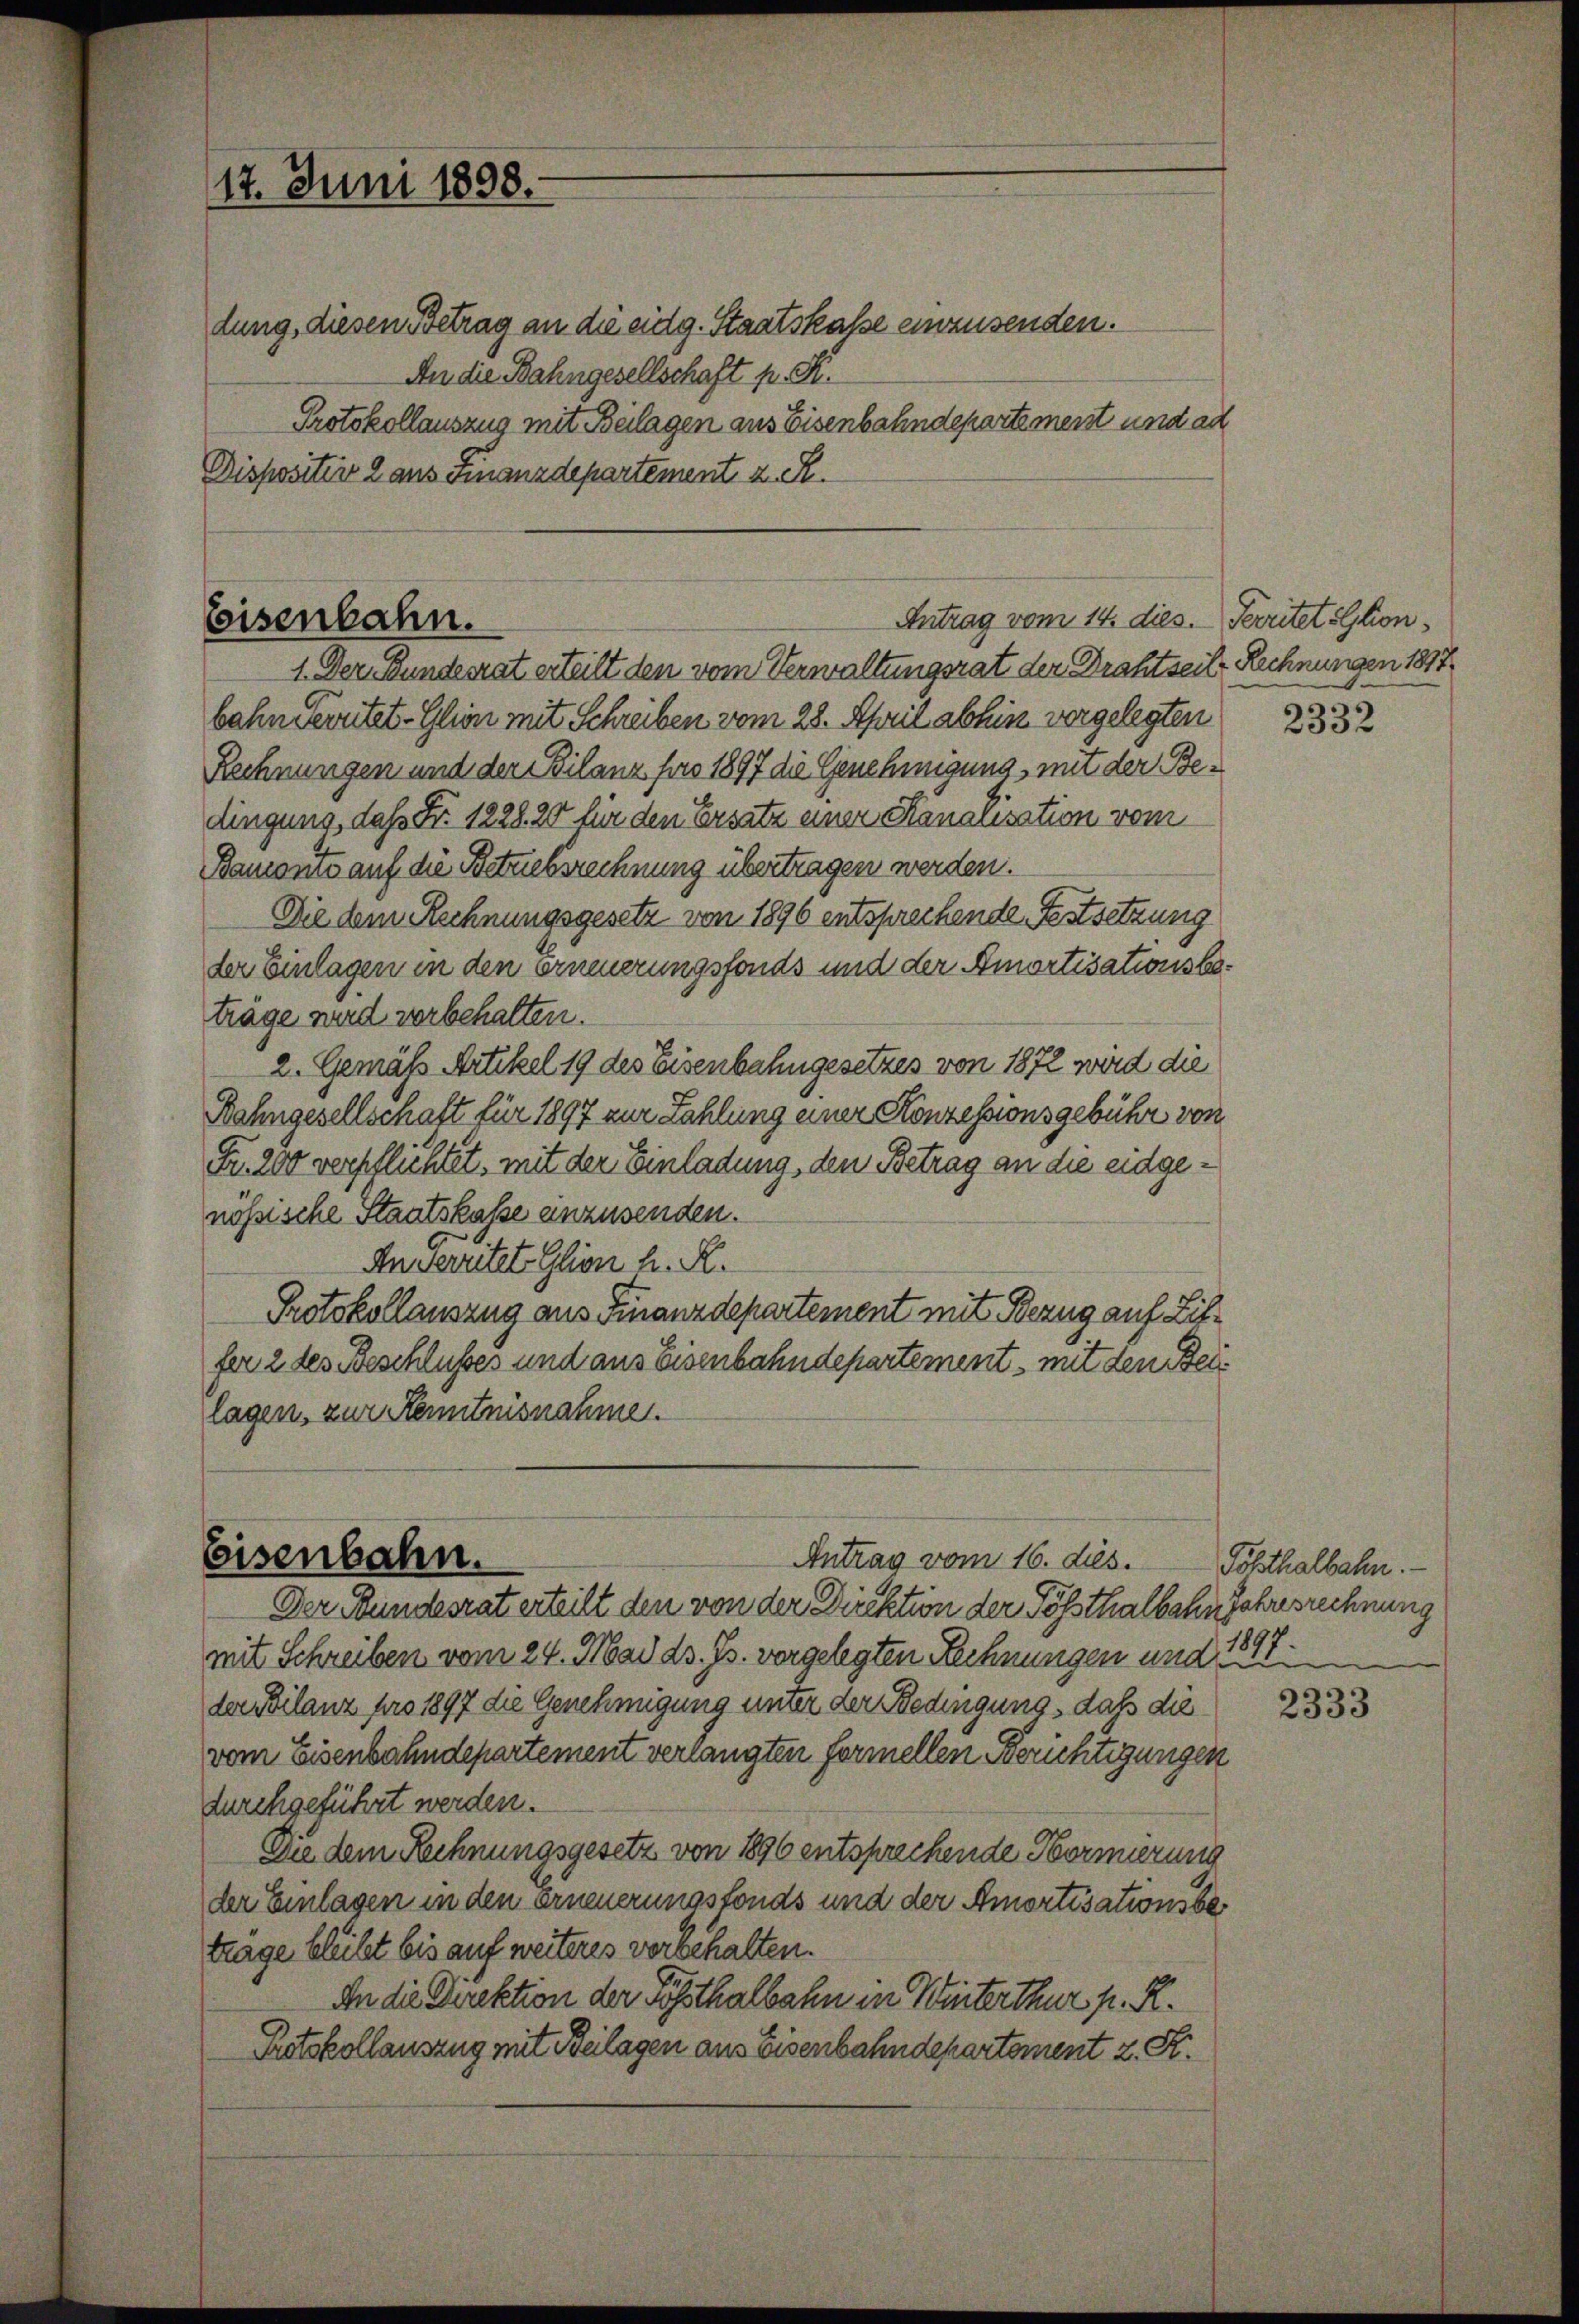
17. Juni 1898.

Eisenbahn.

Antrag vom 14. dies. Perritet sation,
1. Der Bundesrat erteilt den vom Verwaltungsrat der Drahtseit Rechnungen 1817
bahn Verutet-Glion mit Schreiben vom 28. April abhin vorgelegten
Rechnungen und der Bilanz für 1897 die Genehmigung, mit der Bedingung, daß Fr. 1228 20 für den Ersatz einer Kanalisation vom
Banconio auf die Betzessrechnung übertragen werden.
Die dem Rechnungsgesetz von 1896 entsprechende Festsetzung
der Einlagen in den erneuerungsfonds und der Amortisationsbeträge wird vorbehalten.
2. Gemäss Artikel 19 des Eisenbahngesetzes von 1872 wird die
Bahngesellschaft für 1897 zur Zahlung einer Konzessionsgebühr von
Fr. 200 verpflichtet, mit der Einladung, den Betrag an die eidgenössische Staatskasse einzusenden.
An verritete Glion h. R.
Protokollauszug aus Finanzdepartement mit Bezug auf Liffer 2 des Beschlusses und aus Eisenbahndepartement, mit den Beilagen, zur Kenntnisnahme.

Eisenbahn.
Der Bundesrat erteilt den von der Direktion der Pößsthalbahn Jahresrechnung

dung, diesen Betrag an die eidg. Staatskasse einzusenden.
An die Bahngesellschaft p. R.
Protokollauszug mit Beilagen aus Eisenbahndepartement und ad
Dispositiv 2 aus Finanzdepartement z. R.

Antrag vom 16. ds.

mit Schreiben vom 24. Mai d. Js. vorgelegten Rechnungen und
der Bilanz pro 1897 die Genehmigung unter der Bedingung, daß die
vom Eisenbahndepartement verlangten fermellen Berichtigungen
durchgeführt werden.
Die dem Rechnungsgesetz von 1896 entsprechende Hornierung
der Einlagen in den Erneuerungsfonds und der Amortisationsbetrage bleibt bis auf weiteres vorbehalten.
An die Direktion der Posthalbahn in Winterthur p. R.
Protokollauszug mit Beilagen aus Eisenbahndepartement z. R.

2332

Pölsthalbahn.
1897.

2333